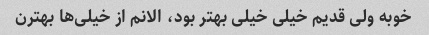
خوبه ولی قدیم خیلی خیلی بهتر بود، الانم از خیلی‌ها بهترن